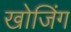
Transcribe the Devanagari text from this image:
खोजिंग